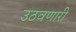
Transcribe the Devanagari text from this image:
उठवणारी